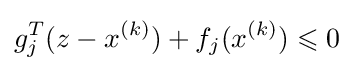
g_{j}^{T}(z-x^{(k)})+f_{j}(x^{(k)})\leqslant 0